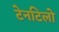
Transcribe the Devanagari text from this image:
टेनटिलो